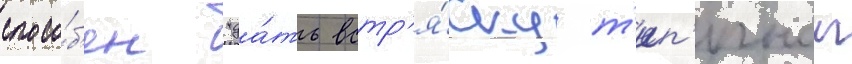
спосо́б'ен "да́ть встр'я́ску т'ип'ичнои